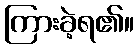
ကြားခဲ့ရ၏။